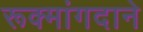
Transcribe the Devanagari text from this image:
रूक्मांगदाने